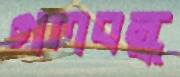
গলবন্ধ